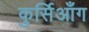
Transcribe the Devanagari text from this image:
कुर्सिआँग